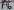
Text: A6